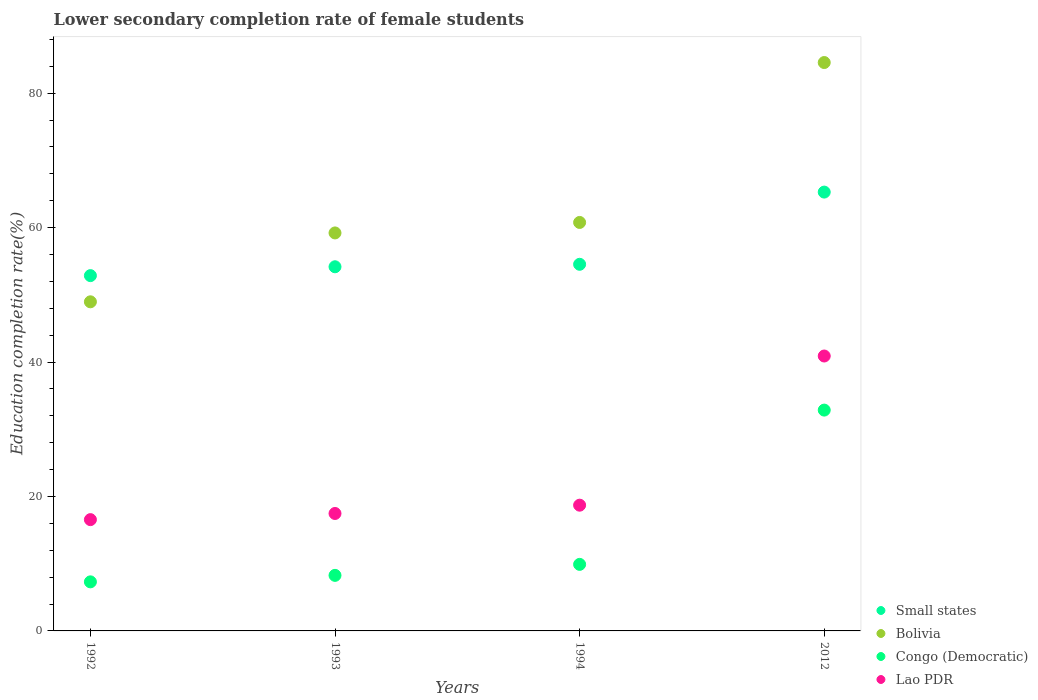
| Years | Small states | Bolivia | Congo (Democratic) | Lao PDR |
 | --- | --- | --- | --- | --- |
 | 1992 | 52.9 | 49 | 7.3 | 16.6 |
 | 1993 | 54.2 | 59.2 | 8.26 | 17.5 |
 | 1994 | 54.5 | 60.8 | 9.9 | 18.7 |
 | 2012 | 65.3 | 84.5 | 32.8 | 40.9 |